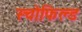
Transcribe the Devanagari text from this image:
स्चोफिल्ड